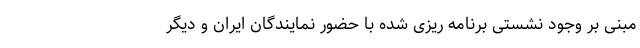
مبنی بر وجود نشستی برنامه ریزی شده با حضور نمایندگان ایران و دیگر